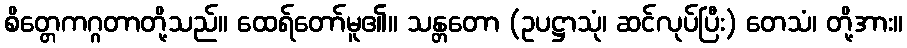
စိတ္တေကဂ္ဂတာတို့သည်။ ထေရ်တော်မူ၏။ သန္တတော (ဥပဋ္ဌာသုံ၊ ဆင်လုပ်ပြီး) တေသံ၊ တို့အား။